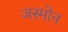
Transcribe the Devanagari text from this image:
जस्मोन